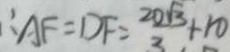
\therefore A F = D F = \frac { 2 0 \sqrt { 3 } } { 3 } + 1 0